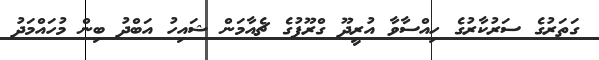
ގަތަރުގެ ސަރުކާރުގެ ހިއްސާވާ އުރީދޫ ގްރޫޕުގެ ޗެއާމަން ޝައިހު އަބްދު ބިން މުހައްމަދު